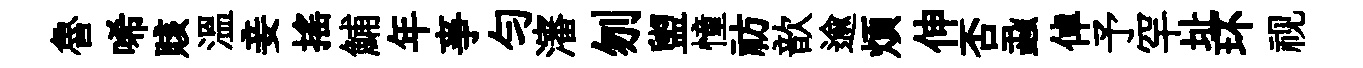
魯唏賅温妾揺鯆年亊匀瀋刎盥憧祊歆逾煩伸否蝨倬予罕址环视